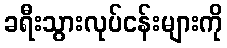
ခရီးသွားလုပ်ငန်းများကို